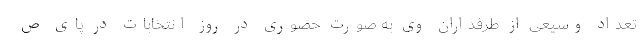
تعداد وسیعی از طرفداران وی به صورت حضوری در روز انتخابات در پای ص